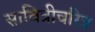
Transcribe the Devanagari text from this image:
सावित्रीचरित्र